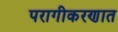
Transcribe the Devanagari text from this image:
परागीकरणात